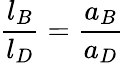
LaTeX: {\frac{l_{B}}{l_{D}}}={\frac{a_{B}}{a_{D}}}